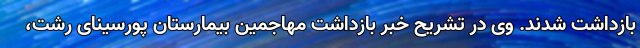
بازداشت شدند. وی در تشریح خبر بازداشت مهاجمین بیمارستان پورسینای رشت،